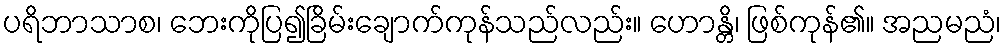
ပရိဘာသာစ၊ ဘေးကိုပြ၍ခြိမ်းချောက်ကုန်သည်လည်း။ ဟောန္တိ၊ ဖြစ်ကုန်၏။ အညမညံ၊